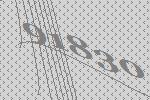
91830